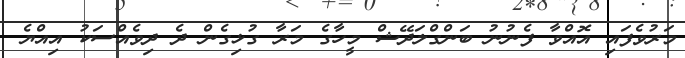
މަރުވެފައި އޮއްވާ ފެނުނު ބަންގްލަދޭޝް މީހާގެ މަރާ ގުޅިގެން ދެ ދިވެއްސަކު އިއްޔެ